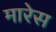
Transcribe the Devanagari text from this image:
मारेस